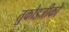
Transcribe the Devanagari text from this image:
तुकोडजीको